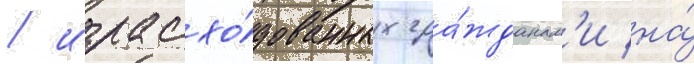
/ израсхо́дованных гра́жданам'и на́